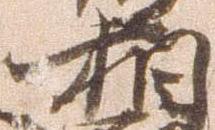
相